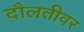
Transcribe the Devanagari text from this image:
दौलतीवर